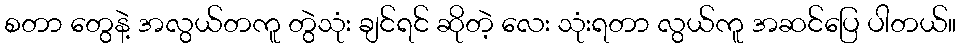
စတာ တွေနဲ့ အလွယ်တကူ တွဲသုံး ချင်ရင် ဆိုတဲ့ လေး သုံးရတာ လွယ်ကူ အဆင်ပြေ ပါတယ်။